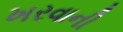
ખરવાની